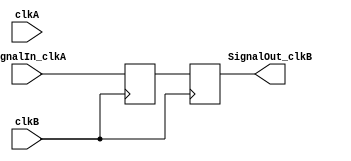
module signal_cross_domain(
    input clkA,   // we actually don't need clkA in that example, but it is here for completeness as we'll need it in further examples
    input SignalIn_clkA,
    input clkB,
    output SignalOut_clkB
);

// We use a two-stages shift-register to synchronize SignalIn_clkA to the clkB clock domain
reg [1:0] SyncA_clkB  /* synthesis noprune */;
initial SyncA_clkB <= 2'b00;

always @(posedge clkB) SyncA_clkB[0] <= SignalIn_clkA;   // notice that we use clkB
always @(posedge clkB) SyncA_clkB[1] <= SyncA_clkB[0];   // notice that we use clkB

assign SignalOut_clkB = SyncA_clkB[1];  // new signal synchronized to (=ready to be used in) clkB domain
endmodule